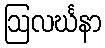
ဩလင်္ဃနာ